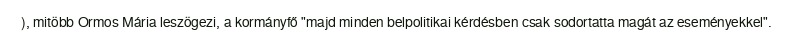
), mitöbb Ormos Mária leszögezi, a kormányfő "majd minden belpolitikai kérdésben csak sodortatta magát az eseményekkel".